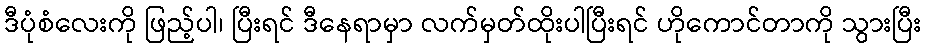
ဒီပုံစံလေးကို ဖြည့်ပါ၊ ပြီးရင် ဒီနေရာမှာ လက်မှတ်ထိုးပါပြီးရင် ဟိုကောင်တာကို သွားပြီး